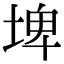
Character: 埤